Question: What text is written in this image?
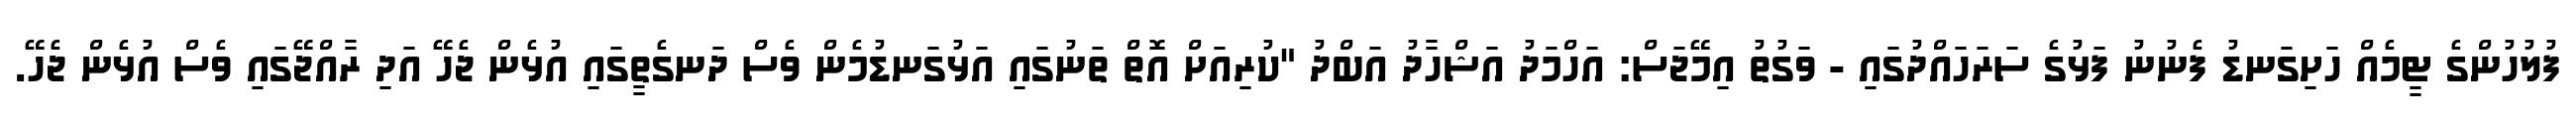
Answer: ފުލުހުންގެ ޓީމެއް ހަށިގަނޑު ފެނުނު ފަޅުގެ ސަރަހައްދުގައި - ވަގުތު އިމޭޖަސް: އަހްމަދު އަޝްހާދު އަބްދު "ކުރިއަށް އޮތް ތަނުގައި އަޅުގަނޑުމެން ވެސް ދަނގެތީގައި އުޅެން ޖެހޭ އަދި ރާއްޖޭގައި ވެސް އުޅެން ޖެހޭ.